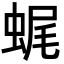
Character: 𧋦